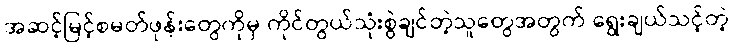
အဆင့်မြင့်စမတ်ဖုန်းတွေကိုမှ ကိုင်တွယ်သုံးစွဲချင်တဲ့သူတွေအတွက် ရွေးချယ်သင့်တဲ့